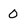
Character: 0